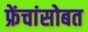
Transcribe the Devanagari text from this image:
फ्रेंचांसोबत